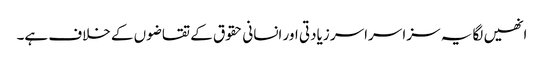
انھیں لگا یہ سزا سراسر زیادتی اور انسانی حقوق کے تقاضوں کے خلاف ہے۔